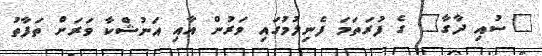
"ސުއި ދާގާ" ގެ ފުރަތަމަ ފެނިލުމުގައި ވަރުން އާއި އަނުޝްކާ ވަރަށް ތަފާތު